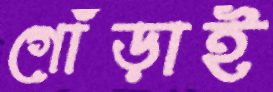
গোঁড়াই